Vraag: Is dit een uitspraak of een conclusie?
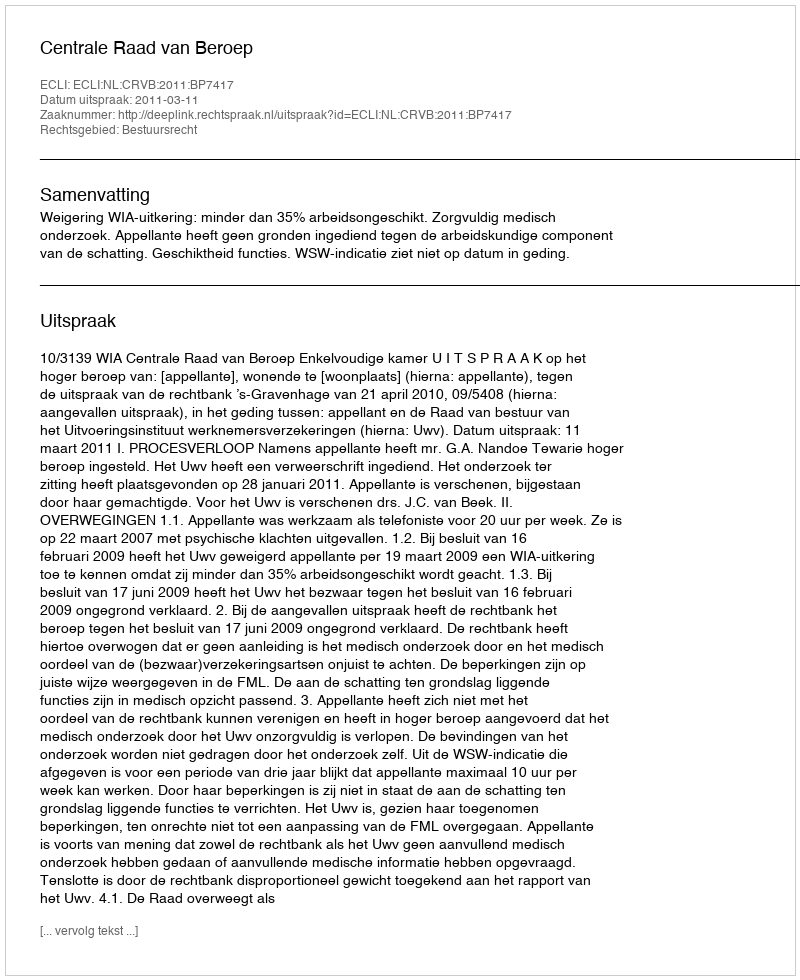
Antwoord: Uitspraak